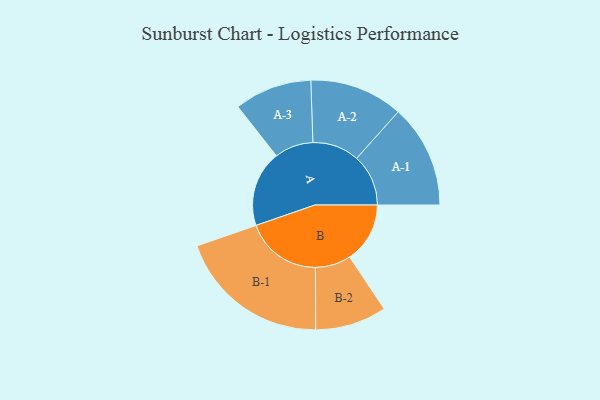
{"axis": {"x": "Segment", "y": "Value"}, "legend": ["", "A", "B"], "data": [{"x": "A", "y": 247, "type": ""}, {"x": "B", "y": 196, "type": ""}, {"x": "A-1", "y": 168, "type": "A"}, {"x": "A-2", "y": 152, "type": "A"}, {"x": "A-3", "y": 126, "type": "A"}, {"x": "B-1", "y": 248, "type": "B"}, {"x": "B-2", "y": 116, "type": "B"}]}